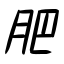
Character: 肥